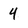
Character: 4